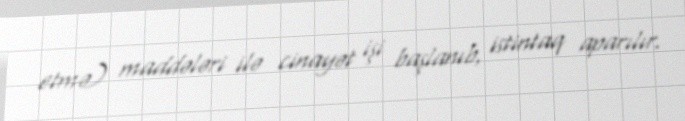
etmə) maddələri ilə cinayət işi başlanıb, istintaq aparılır.